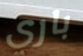
باري